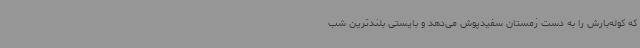
که کوله‌بارش را به دست زمستان سفیدپوش می‌دهد و بایستی بلندترین شب